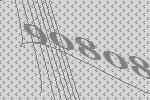
90808